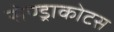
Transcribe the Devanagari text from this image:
सेण्ड्राकोटस